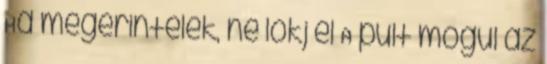
Ha megérintelek, ne lökj el A pult mögül az